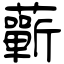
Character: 蘄